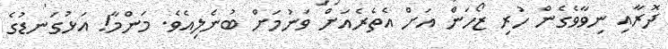
ދޮރާއި ނިވާވެގެން ހުރި ޒޯހަން އަށް އެތެރެއަށް ވަނުމަށް ބުނެލިއެވެ. މަންމާ! އަޅުގަނޑުގެ